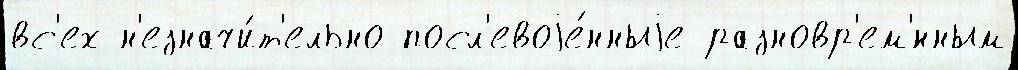
вс'ех н'езначи́т'ельно посл'евоjе́нныjе разновр'ем'́нным